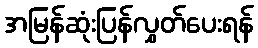
အမြန်ဆုံးပြန်လွှတ်ပေးရန်